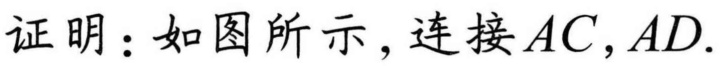
证明：如图所示，连接 \(AC,AD\).